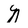
Character: N